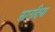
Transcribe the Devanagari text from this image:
फ़ाउदिया